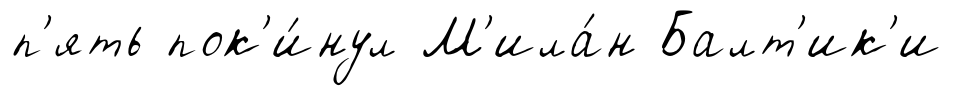
п'ять пок'и́нул М'ила́н Балт'ик'и